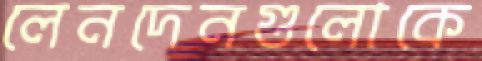
লেনদেনগুলোকে